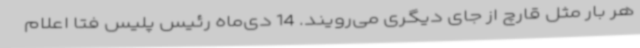
هر بار مثل قارچ از جای دیگری می‌رویند. 14 دی‌ماه رئیس پلیس فتا اعلام